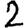
Digit: 2